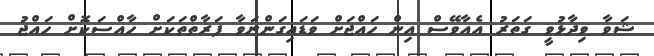
ޝަވާ ވިދާޅުވީ ގަތަރު އެއާވޭސް އިން ހައްޖަށް ވަޑައިގަންނަވާ ފަރާތްތަކަށް ހާއްސަކޮށް ހައްޖު